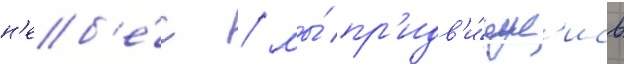
н'еб'е́с / мы́ пр'идв'и́нул'ись